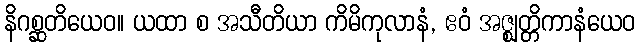
နိဂစ္ဆတိယေဝ။ ယထာ စ အသီတိယာ ကိမိကုလာနံ, ဧဝံ အဇ္ဈတ္တိကာနံယေဝ